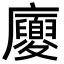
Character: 𢌉